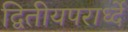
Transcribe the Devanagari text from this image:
द्वितीयपरार्ध्दे